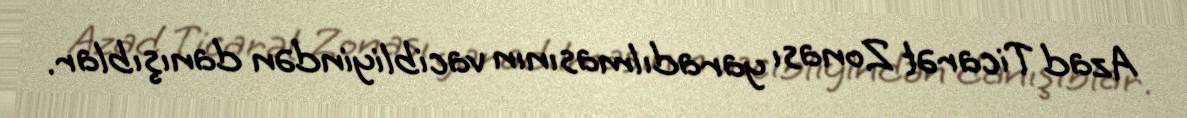
Azad Ticarət Zonası yaradılmasının vacibliyindən danışıblar.